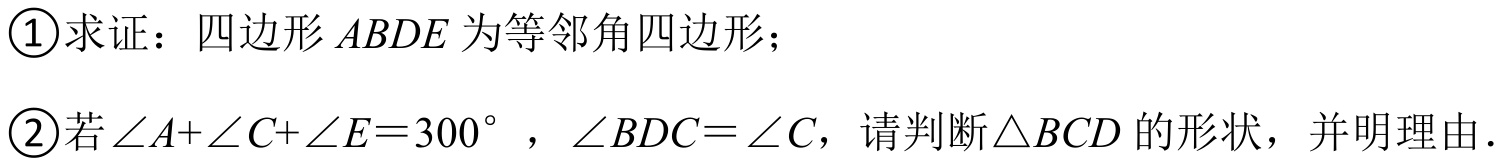
\begin{enumerate}
\item 求证：四边形 \(ABDE\) 为等邻角四边形；
\item 若\(\angle A+\angle C+\angle E = 300^{\circ}\)，\(\angle BDC=\angle C\)，请判断\(\triangle BCD\)的形状，并明理由．
\end{enumerate}